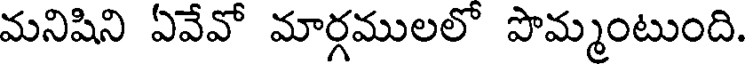
మనిషిని ఏవేవో మార్గములలో పొమ్మంటుంది.